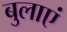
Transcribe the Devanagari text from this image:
बुलाएं